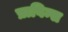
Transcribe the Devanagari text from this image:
प्राविन्स